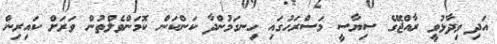
އަދި ވިދާޅުވީ ރާއްޖޭގެ ސިޔާސީ މަސްރަހުގައި ހިނގަމުންދާ ކަންކަން ކޮމަންވެލްތުން ވަރަށް ކައިރިން